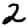
Digit: 2